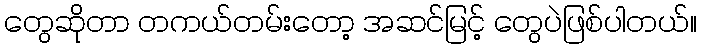
တွေဆိုတာ တကယ်တမ်းတော့ အဆင်မြင့် တွေပဲဖြစ်ပါတယ်။